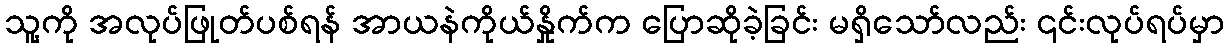
သူ့ကို အလုပ်ဖြုတ်ပစ်ရန် အာယနဲကိုယ်နှိုက်က ပြောဆိုခဲ့ခြင်း မရှိသော်လည်း ၎င်းလုပ်ရပ်မှာ